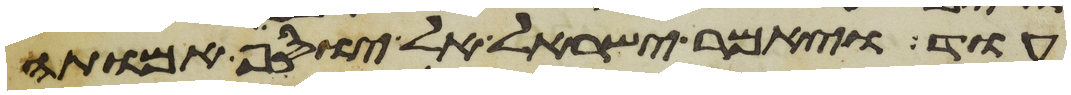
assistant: עוד ויאמר ישראל אל יוסף אמותה